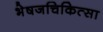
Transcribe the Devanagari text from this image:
भेषजचिकित्सा